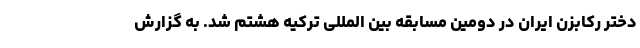
دختر رکابزن ایران در دومین مسابقه بین المللی ترکیه هشتم شد. به گزارش